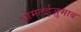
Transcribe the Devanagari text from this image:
ओमलईज़ुमाब